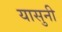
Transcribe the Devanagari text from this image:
यासुनी